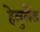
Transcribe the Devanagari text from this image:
हेलुलैंड